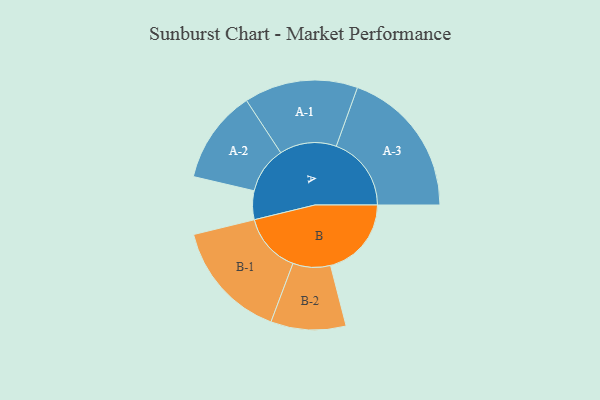
{"axis": {"x": "Segment", "y": "Value"}, "legend": ["", "A", "B"], "data": [{"x": "A", "y": 104, "type": ""}, {"x": "B", "y": 293, "type": ""}, {"x": "A-1", "y": 206, "type": "A"}, {"x": "A-2", "y": 169, "type": "A"}, {"x": "A-3", "y": 272, "type": "A"}, {"x": "B-1", "y": 216, "type": "B"}, {"x": "B-2", "y": 136, "type": "B"}]}